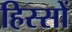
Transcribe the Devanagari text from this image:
हिस्सों